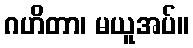
ဂဟိတာ၊ မယူအပ်။